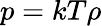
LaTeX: p=kT\rho